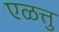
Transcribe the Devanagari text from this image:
एळत्तु